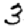
Digit: 3